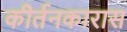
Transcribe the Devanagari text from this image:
कीर्तनकारास